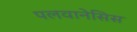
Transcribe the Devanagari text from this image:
पलवानेसिस